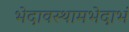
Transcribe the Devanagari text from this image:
भेदावस्थामभेदाभं